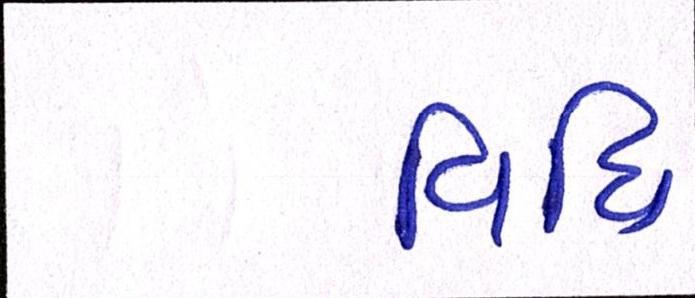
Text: વિધિ